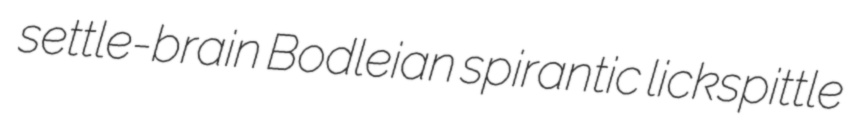
settle-brain Bodleian spirantic lickspittle